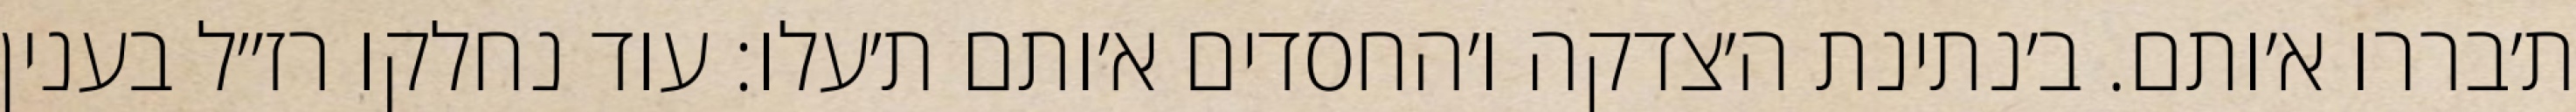
ת׳בררו א׳ותם. ב׳נתינת ה׳צדקה ו׳החסדים א׳ותם ת׳עלו: עוד נחלקו רז״ל בענין